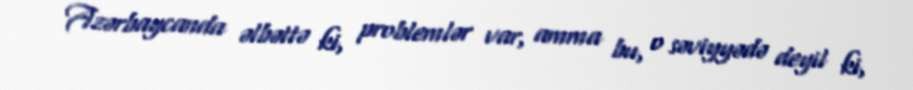
Azərbaycanda əlbəttə ki, problemlər var, amma bu, o səviyyədə deyil ki,